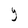
Character: Y